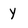
Character: Y